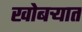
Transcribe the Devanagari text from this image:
खोबऱ्यात